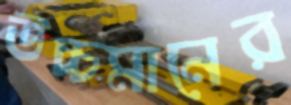
উচ্চমানের